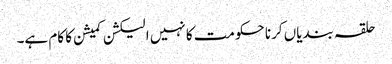
حلقہ بندیاں کرنا حکومت کا نہیں الیکشن کمیشن کا کام ہے۔